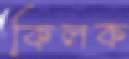
কিলক